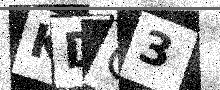
Text: KDG3